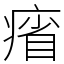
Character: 㾪